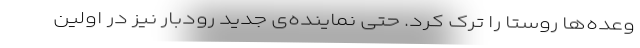
وعده‌ها روستا را ترک کرد. حتی نماینده‌ی جدید رودبار نیز در اولین